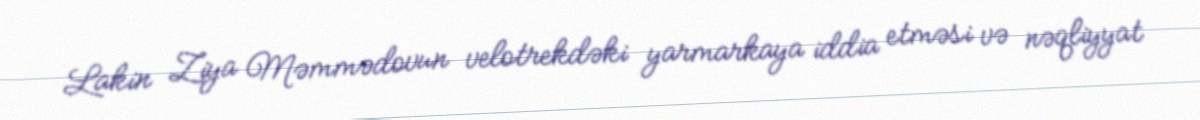
Lakin Ziya Məmmədovun velotrekdəki yarmarkaya iddia etməsi və nəqliyyat